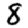
Digit: 8